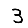
Digit: 3